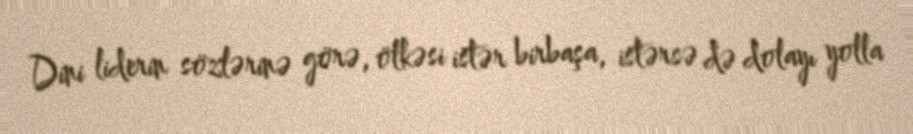
Dini liderin sözlərinə görə, ölkəsi istər birbaşa, istərsə də dolayı yolla